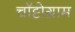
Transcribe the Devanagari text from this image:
चॉट्टोग्राम